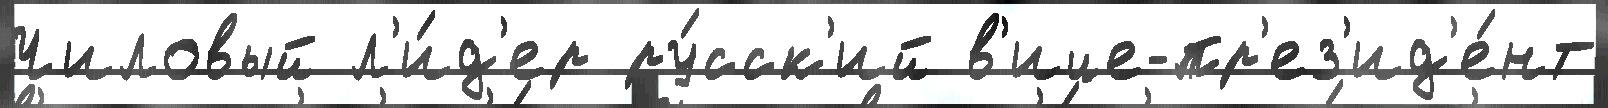
Чиловый л'и́д'ер ру́сск'ий в'ице-пр'ез'ид'е́нт